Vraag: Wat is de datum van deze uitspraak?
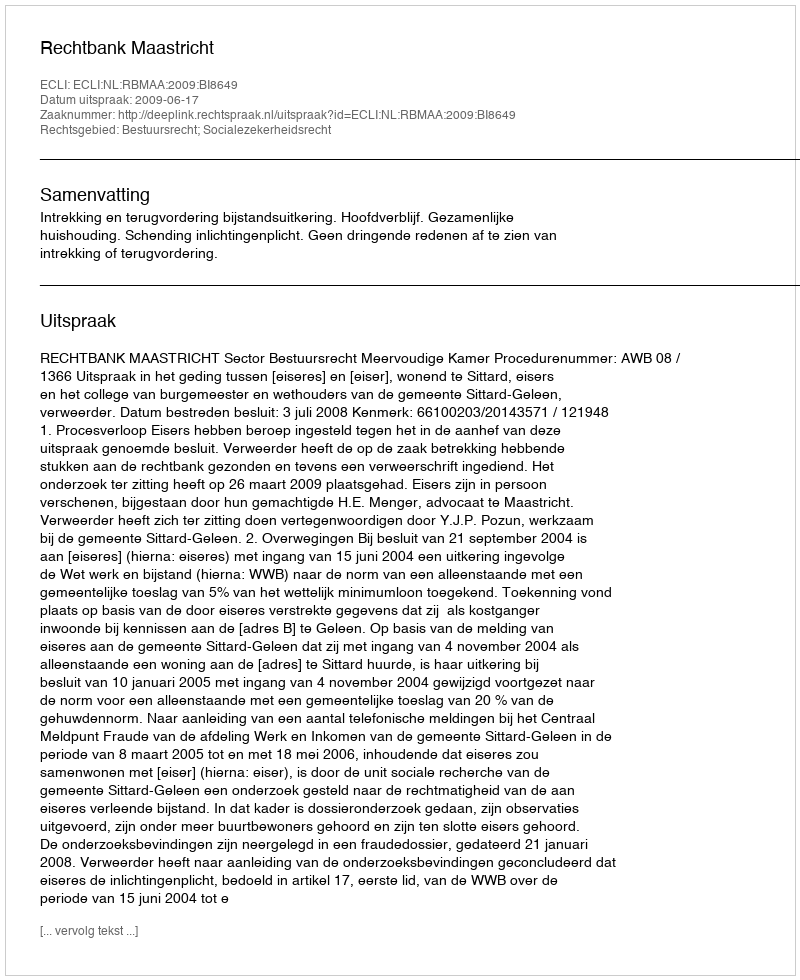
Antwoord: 2009-06-17